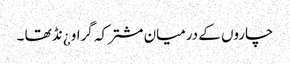
چاروں کے درمیان مشترکہ گراو ¿نڈ تھا ۔